Senior Leaving Certificate Examination (including Day School Certificate (Higher) General paper), 1949
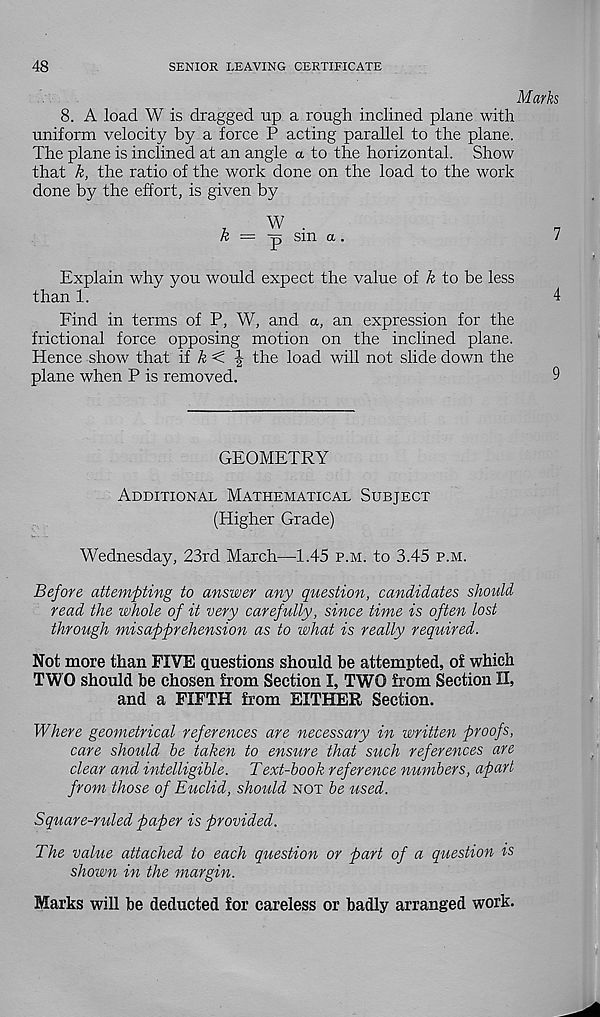
48
SENIOR LEAVING CERTIFICATE
Marks
8. A load W is dragged up a rough inclined plane with
uniform velocity by a force P acting parallel to the plane.
The plane is inclined at an angle a to the horizontal. Show
that k, the ratio of the work done on the load to the work
done by the effort, is given by
W
& = p sin a .
7
Explain why you would expect the value of k to be less
than 1.
4
Find in terms of P, W, and a, an expression for the
frictional force opposing motion on the inclined plane.
Hence show that if A <
the load will not slide down the
plane when P is removed.
9
GEOMETRY
Additional Mathematical Subject
(Higher Grade)
Wednesday, 23rd March—1.45 p.m. to 3.45 p.m.
Before attempting to answer any question, candidates should
read the whole of it very carefully, since time is often lost
through misapprehension as to what is really required.
Not more than FIVE questions should be attempted, of which
TWO should be chosen from Section I, TWO from Section II,
and a FIFTH from EITHER Section.
Where geometrical references are necessary in written proofs,
care should be taken to ensure that such references are
clear and intelligible. Text-book reference numbers, apart
from those of Euclid, should not be used.
Square-ruled paper is provided.
The value attached to each question or part of a question is
shown in the margin.
Marks will be deducted for careless or badly arranged work.